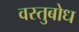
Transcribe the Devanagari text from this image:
वस्तुबोध